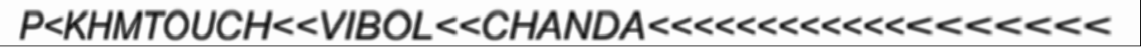
P<KHMTOUCH<<VIBOL<<CHANDA<<<<<<<<<<<<<<<<<<<